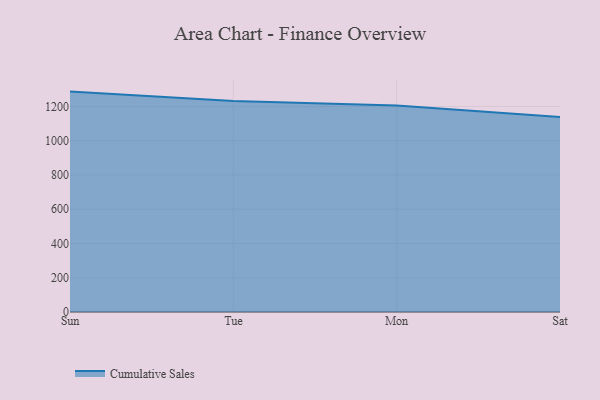
{"axis": {"x": "Day", "y": "LTV (USD)"}, "legend": ["Cumulative Sales"], "data": [{"x": "Sun", "y": 1286.8, "type": "Cumulative Sales"}, {"x": "Tue", "y": 1232.1, "type": "Cumulative Sales"}, {"x": "Mon", "y": 1205.5, "type": "Cumulative Sales"}, {"x": "Sat", "y": 1137.8, "type": "Cumulative Sales"}]}